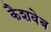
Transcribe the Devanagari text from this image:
कैशवेब